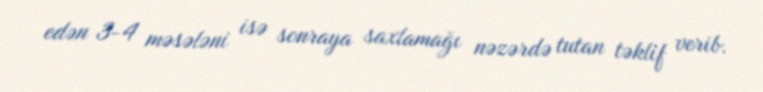
edən 3-4 məsələni isə sonraya saxlamağı nəzərdə tutan təklif verib.